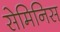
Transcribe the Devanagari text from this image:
सेमिनिस